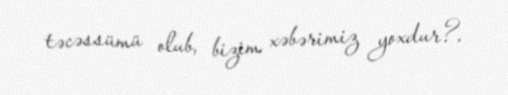
təcəssümü olub, bizim xəbərimiz yoxdur?.